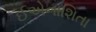
ઈએનાશિતા